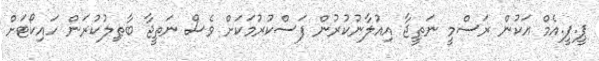
ޕީ.ޕީ.އެމް އަކުން ރަސްމީ ނަތީޖާ އިއުލާނުކުރުން ފަސްކުރުމަކަށް ވެސް ނަތީޖާ ބާޠިލުކުރަން ހައިކޯޓަށް